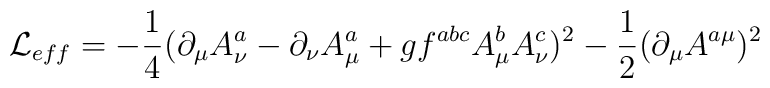
{\cal L}_{eff}= -\frac{1}{4}(\partial_{\mu}A_{\nu}^{a}-\partial_{\nu}A_{\mu}^{a}+gf^{abc}A_{\mu}^{b}A_{\nu}^{c})^{2}-\frac{1}{2}(\partial_{\mu}A^{a\mu})^{2}